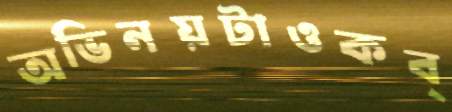
অভিনয়টাওকব্‌